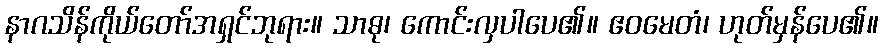
နာဂသိန်ကိုယ်တော်အရှင်ဘုရား။ သာဓု၊ ကောင်းလှပါပေ၏။ ဧဝမေတံ၊ ဟုတ်မှန်ပေ၏။